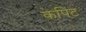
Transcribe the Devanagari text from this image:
केपिट